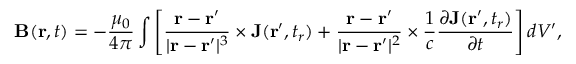
\mathbf { B } ( \mathbf { r } , t ) = - { \frac { \mu _ { 0 } } { 4 \pi } } \int \left[ { \frac { \mathbf { r } - \mathbf { r } ^ { \prime } } { | \mathbf { r } - \mathbf { r } ^ { \prime } | ^ { 3 } } } \times \mathbf { J } ( \mathbf { r } ^ { \prime } , t _ { r } ) + { \frac { \mathbf { r } - \mathbf { r } ^ { \prime } } { | \mathbf { r } - \mathbf { r } ^ { \prime } | ^ { 2 } } } \times { \frac { 1 } { c } } { \frac { \partial \mathbf { J } ( \mathbf { r } ^ { \prime } , t _ { r } ) } { \partial t } } \right] d V ^ { \prime } ,